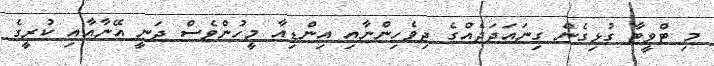
މި ޓްވީޓާ ގުޅިގެން ގިނައަދަދެއްގެ ދިވެހިންނާއި އިންޑިއާ މީހުންވެސް ދަނީ އޭނާއާއި ކުރީގެ